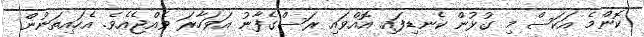
ކޮންމެ އަކަސް މި ގުޅުން ކެނޑިފައި އޮއްވައި ރަސްގެފާނު އަވަހާރަ ވެއްޖެއެވެ. އެހައިތަނުން